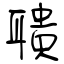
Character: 聵